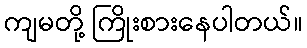
ကျမတို့ ကြိုးစားနေပါတယ်။